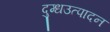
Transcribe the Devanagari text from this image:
दुग्धउत्पादन